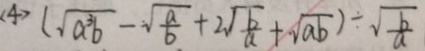
< 4 > ( \sqrt { a ^ { 3 } b } - \sqrt { \frac { a } { b } } + 2 \sqrt { \frac { b } { a } } + \sqrt { a b } ) \div \sqrt { \frac { b } { a } }